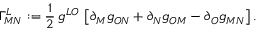
\Gamma _ { M N } ^ { L } : = \frac { 1 } { 2 } \, g ^ { L O } \, \left[ \partial _ { M } g _ { O N } + \partial _ { N } g _ { O M } - \partial _ { O } g _ { M N } \right] .